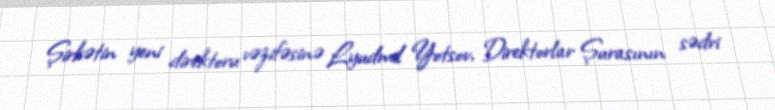
Şirkətin yeni direktoru vəzifəsinə Lyudmil Yotsov, Direktorlar Şurasının sədri